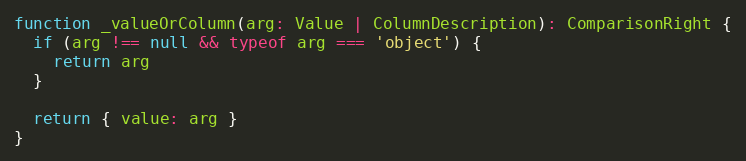
Language: JavaScript
function _valueOrColumn(arg: Value | ColumnDescription): ComparisonRight {
  if (arg !== null && typeof arg === 'object') {
    return arg
  }

  return { value: arg }
}